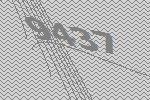
9437